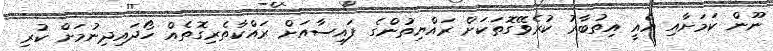
ނޫން ކަމަށާއި އެއީ އިތުބާރު ކުރެވޭގޮތަކަށް ރައްޔިތުންގެ ފައިސާއަށް ރައްކާތެރިގޮތެއް ހޯދައިދިނުމަށް ކުރި